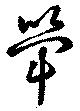
斝